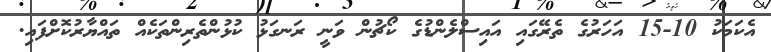
އެކަމަކު 10-15 އަހަރުގެ ތެރޭގައި އައިސްލެންޑުގެ ކޯޗުން ވަނީ ރަނގަޅު ކުޅުންތެރިންތަކެއް ތައްޔާރުކޮށްފައި.